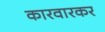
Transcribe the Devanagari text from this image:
कारवारकर